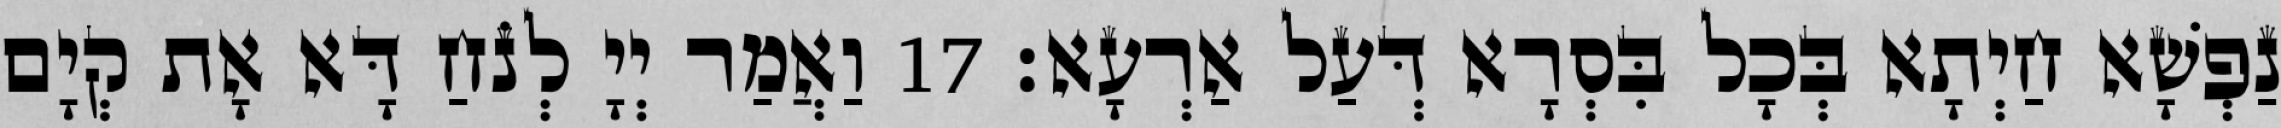
נַפְשָׁא חַיְתָא בְּכָל בִּסְרָא דְּעַל אַרְעָא׃ 17 וַאֲמַר יְיָ לְנֹחַ דָּא אָת קְיָם